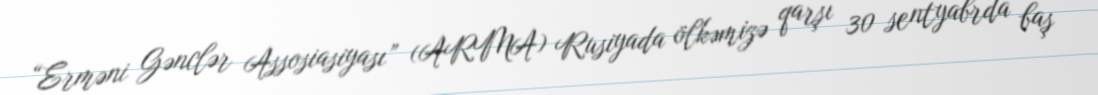
“Erməni Gənclər Assosiasiyası” (ARMA) Rusiyada ölkəmizə qarşı 30 sentyabrda baş